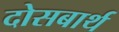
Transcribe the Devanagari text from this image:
दोसबार्थ